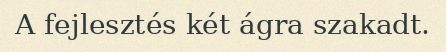
A fejlesztés két ágra szakadt.